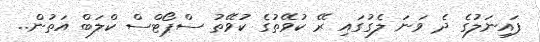
ފައިނަލުގެ ދެ ވަނަ ލެގުގައި ރޭ ކުވޭތުގެ ކުވޭތު ސްޕޯޓްސް ކްލަބް އަތުން..